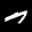
Label: 7